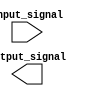
module voltage_level_shifter(
  input wire input_signal,
  output wire output_signal
);

  // Insert logic here to detect input voltage level and translate it to appropriate output voltage level

endmodule